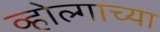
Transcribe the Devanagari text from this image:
व्होल्गाच्या